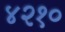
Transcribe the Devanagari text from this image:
४२१०